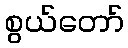
စွယ်တော်